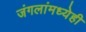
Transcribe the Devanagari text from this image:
जंगलांमध्येही